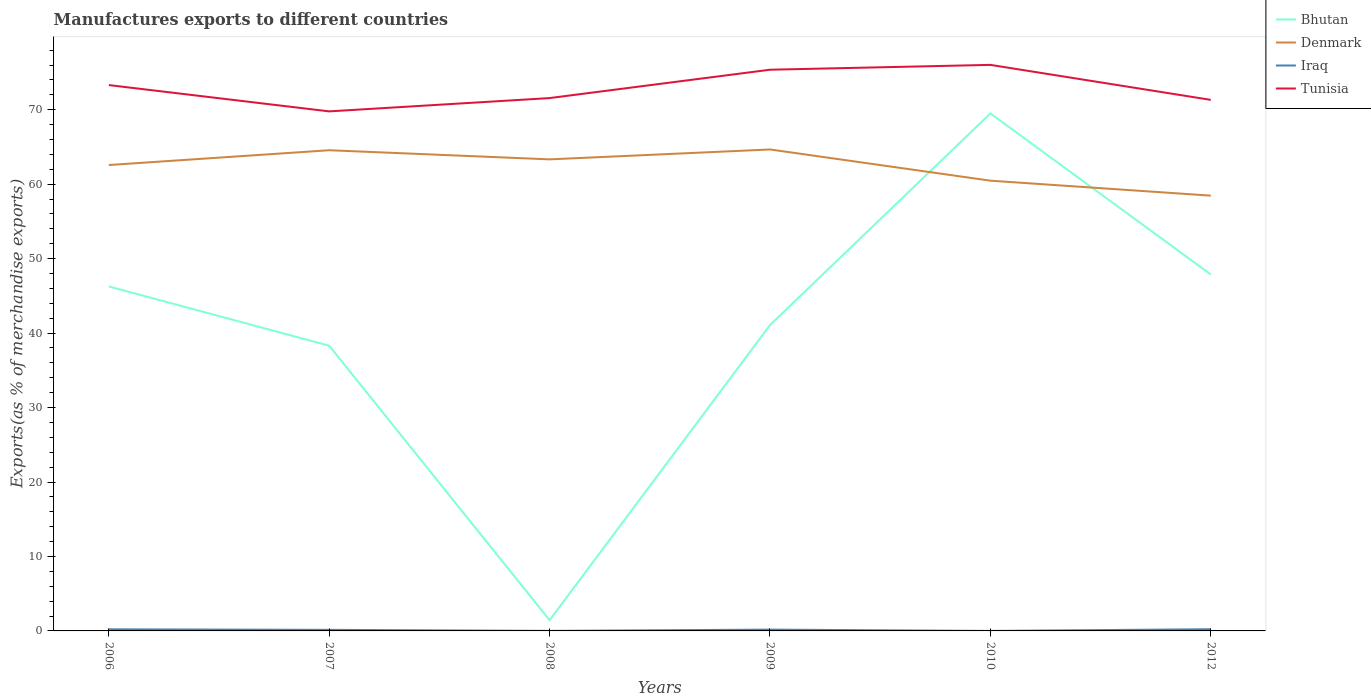
| Years | Bhutan | Denmark | Iraq | Tunisia |
 | --- | --- | --- | --- | --- |
 | 2006 | 46.3 | 62.6 | 0.216 | 73.3 |
 | 2007 | 38.3 | 64.6 | 0.145 | 69.8 |
 | 2008 | 1.44 | 63.3 | 0.00623 | 71.6 |
 | 2009 | 41.1 | 64.7 | 0.176 | 75.4 |
 | 2010 | 69.5 | 60.5 | 1.18e-05 | 76 |
 | 2012 | 47.9 | 58.5 | 0.229 | 71.3 |